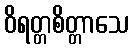
ဝိရတ္တစိတ္တာသေ